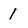
Character: 1